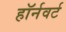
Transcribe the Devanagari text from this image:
हॉर्नवर्ट